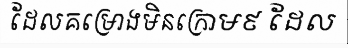
ដែលគម្រោងមិនក្រោម៩ ដែល